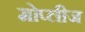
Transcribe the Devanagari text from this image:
मोप्लीज